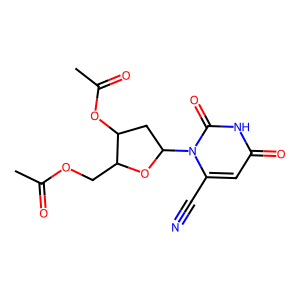
SMILES: CC(=O)OCC1OC(n2c(C#N)cc(=O)[nH]c2=O)CC1OC(C)=O
Inhibits HIV replication: No